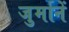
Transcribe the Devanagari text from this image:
जुर्मानें